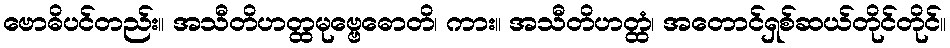
ဗောဓိပင်တည်း။ အသီတိဟတ္ထမုဗ္ဗေဓောတိ၊ ကား။ အသီတိဟတ္ထံ၊ အတောင်ရှစ်ဆယ်တိုင်တိုင်။